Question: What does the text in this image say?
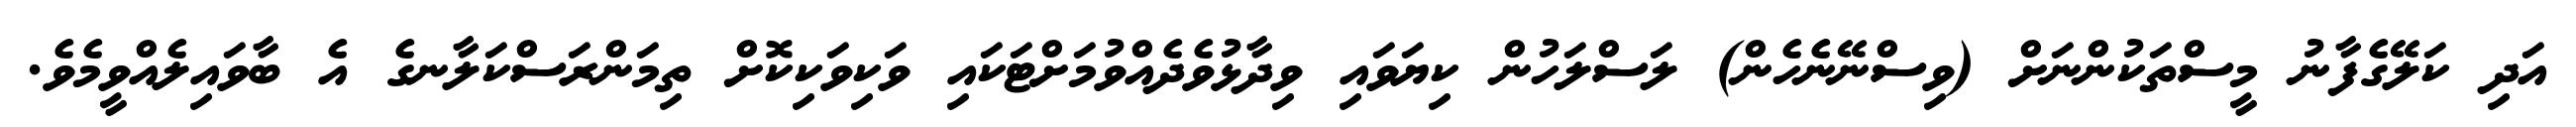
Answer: އަދި ކަލޭގެފާނު މީސްތަކުންނަށް (ވިސްނޭނެހެން) ލަސްލަހުން ކިޔަވައި ވިދާޅުވެދެއްވުމަށްޓަކައި ވަކިވަކިކޮށް ތިމަންރަސްކަލާނގެ އެ ބާވައިލެއްވީމެވެ.